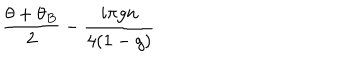
\frac { \theta + \theta _ { B } } { 2 } - \frac { i \pi g n } { 4 ( 1 - g ) }